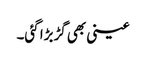
عینی بھی گڑبڑا گئی۔